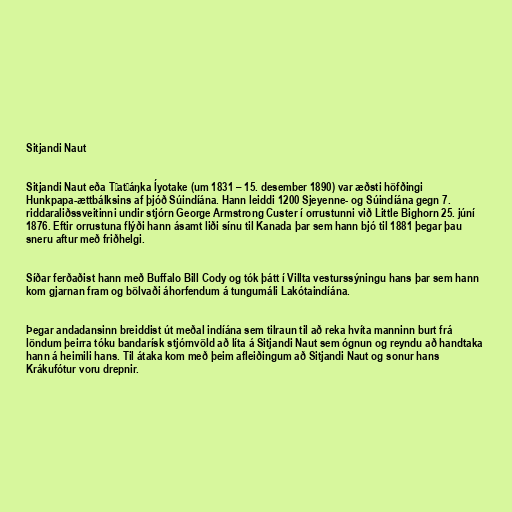
Sitjandi Naut

Sitjandi Naut eða Tȟatȟáŋka Íyotake (um 1831 – 15. desember 1890) var æðsti höfðingi
Hunkpapa-ættbálksins af þjóð Súindíána. Hann leiddi 1200 Sjeyenne- og Súindíána gegn 7.
riddaraliðssveitinni undir stjórn George Armstrong Custer í orrustunni við Little Bighorn 25. júní
1876. Eftir orrustuna flýði hann ásamt liði sínu til Kanada þar sem hann bjó til 1881 þegar þau
sneru aftur með friðhelgi.

Síðar ferðaðist hann með Buffalo Bill Cody og tók þátt í Villta vesturssýningu hans þar sem hann
kom gjarnan fram og bölvaði áhorfendum á tungumáli Lakótaindíána.

Þegar andadansinn breiddist út meðal indíána sem tilraun til að reka hvíta manninn burt frá
löndum þeirra tóku bandarísk stjórnvöld að líta á Sitjandi Naut sem ógnun og reyndu að handtaka
hann á heimili hans. Til átaka kom með þeim afleiðingum að Sitjandi Naut og sonur hans
Krákufótur voru drepnir.